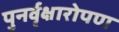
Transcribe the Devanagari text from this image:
पुनर्वृक्षारोपण